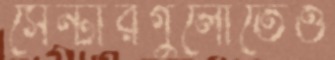
সেন্টারগুলোতেও